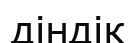
діндік